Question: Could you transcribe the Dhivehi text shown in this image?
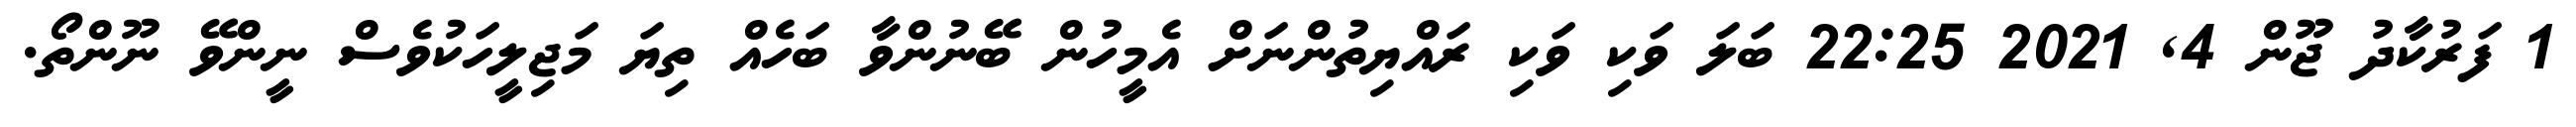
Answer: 1 ފަރުކާދު ޖޫން 4, 2021 22:25 ބަލަ ވަކި ވަކި ރައްޔިތުންނަށް އެމީހުން ބޭނުންވާ ބަހެއް ތިޔަ މަޖިލީހަކުވެސް ނީންވޭ ނޫންތޯ.